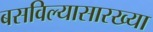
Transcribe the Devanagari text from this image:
बसविल्यासारख्या